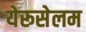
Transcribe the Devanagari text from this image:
येरूसेलम